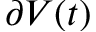
\partial V ( t )